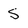
Character: s